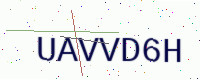
Text: UAVVD6H